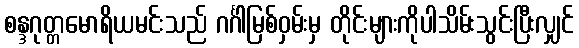
စန္ဒဂုတ္တမောရိယမင်းသည် ဂင်္ဂါမြစ်ဝှမ်းမှ တိုင်းများကိုပါသိမ်းသွင်းပြီးလျှင်